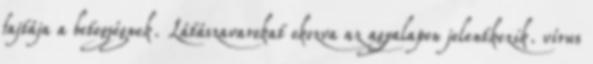
fajtája a betegségnek. Látászavarokat okozva az agyalapon jelentkezik. vírus